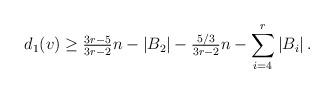
LaTeX: \begin{align*}d_1(v)\ge \tfrac{3r-5}{3r-2}n -|B_2| - \tfrac{5/3}{3r-2}n -\sum_{i=4}^r |B_i|\,.\end{align*}